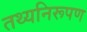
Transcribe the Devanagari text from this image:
तथ्यनिरूपण